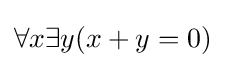
\forall x\exists y(x+y=0)